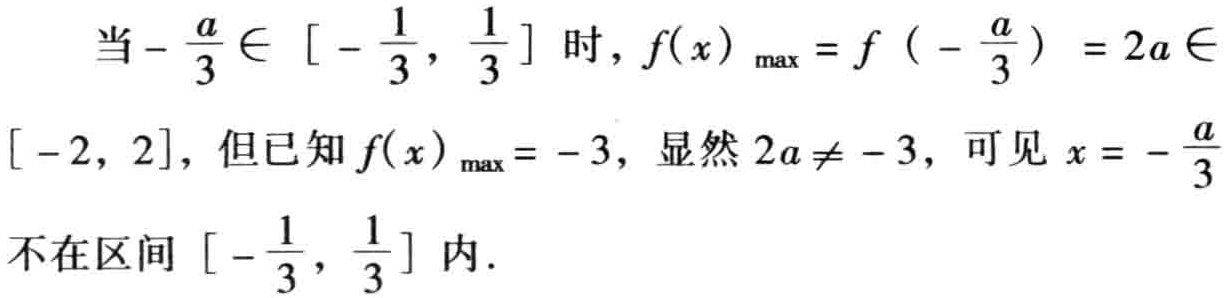
当\(-\frac{a}{3} \in [ -\frac{1}{3}, \frac{1}{3}]\)时，\(f(x)_{\max}=f( -\frac{a}{3}) = 2a \in [-2, 2]\)，但已知\(f(x)_{\max}=-3\)，显然\(2a\neq -3\)，可见\(x = -\frac{a}{3}\)不在区间\([ -\frac{1}{3}, \frac{1}{3}]\)内.